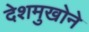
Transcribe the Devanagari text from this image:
देशमुखोने